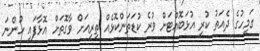
ގަމީހުގެ ދެއަތު ކުރި އުޅަބޮއްޓަށް ވުރެ ކުޑަތަންކޮޅެއް ތިރިއަށް ވާގޮތަށް އޮޅާފައި ހުންނަ